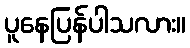
ပူနေပြန်ပါသလား။